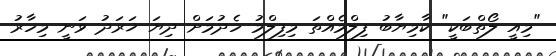
"މިއީ ލޯތްބަކީ" ކާމިޔާބު ފިލްމެއްތަ މިފިލްމު ހެދުމަށް ދިޔަ ޚަރަދު ވަނީ މިހާރު